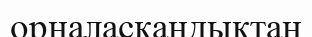
орналаскандықтан